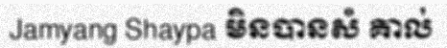
Jamyang Shaypa មិនបានសំ គាល់